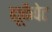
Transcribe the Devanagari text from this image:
ह्यूकैपेट